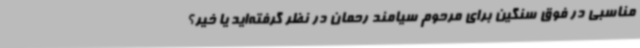
مناسبی در فوق سنگین برای مرحوم سیامند رحمان در نظر گرفته‌اید یا خیر؟